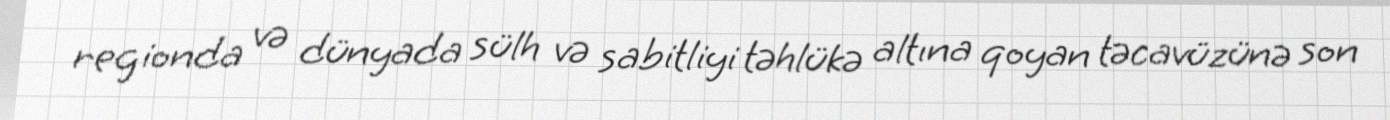
regionda və dünyada sülh və sabitliyi təhlükə altına qoyan təcavüzünə son